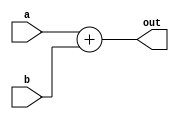
module Adder
(
input [63:0]a, 
input [63:0]b,

output reg [63:0]out
);

always @ (*)
  out <= a + b;


endmodule